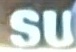
SU